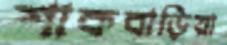
শাকবাড়িয়া